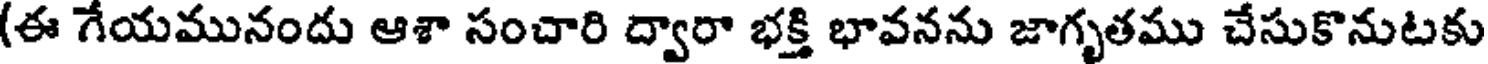
(ఈ గేయమునందు ఆశా సంచారి ద్వారా భక్తి భావనను జాగృతము చేసుకొనుటకు